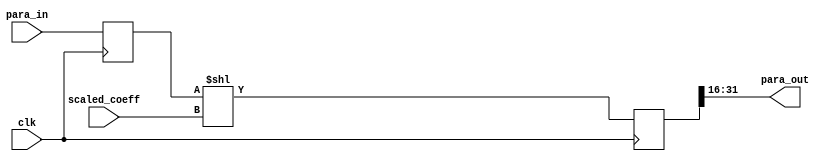
`timescale 1ns / 1ps
//////////////////////////////////////////////////////////////////////////////////
// Company: 
// Engineer: 
// 
// Design Name: 
// Module Name:    adjust_32bit 
// Project Name: 
// Target Devices: 
// Tool versions: 
// Description: 
//
// Dependencies: 
//
// Revision: 
// Revision 0.01 - File Created
// Additional Comments: 
//
//////////////////////////////////////////////////////////////////////////////////
module adjust_32bit(
	input clk,
	
	input [15:0] scaled_coeff,
	input [31:0] para_in,
	
	output [15:0] para_out
	);
reg [31:0] dout_reg_i;
reg [31:0] dout_reg_i_temp;
	
always @(posedge clk)          
	begin      
	   dout_reg_i_temp<=para_in;	
		dout_reg_i <= dout_reg_i_temp<<scaled_coeff;
	end   
	
assign para_out=dout_reg_i[31:16]; 
//Digitial_Gain_32bit aft_digitial_gain (
//  .clk(clk), // input clk
//  .a(para_in), // input [31 : 0] a
//  .b(scaled_coeff), // input [15 : 0] b
//  .sclr(rst), // input sclr
//  .p(para_out) // output [7 : 0] p
//);
endmodule